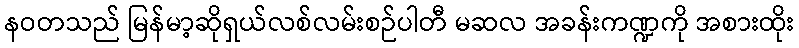
နဝတသည် မြန်မာ့ဆိုရှယ်လစ်လမ်းစဉ်ပါတီ မဆလ အခန်းကဏ္ဍကို အစားထိုး